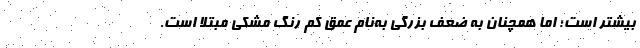
بیشتر است؛ اما همچنان به ضعف بزرگی به‌نام عمق کمِ رنگ مشکی مبتلا است.